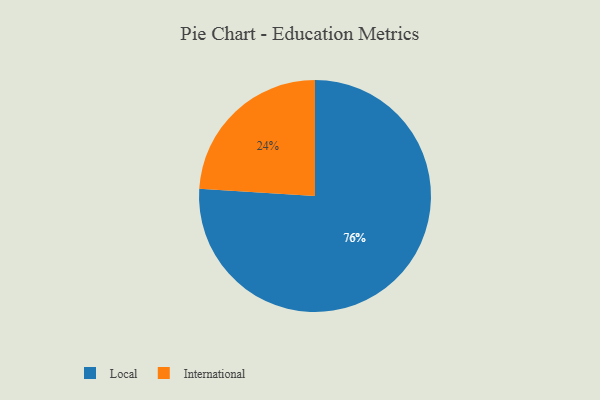
{"axis": {"x": "Category", "y": "Percentage"}, "legend": ["International", "Local"], "data": [{"x": "Local", "y": 76, "type": "Local"}, {"x": "International", "y": 24, "type": "International"}]}